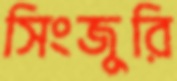
সিংজুরি